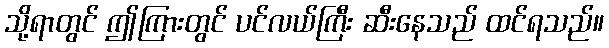
သို့ရာတွင် ဤကြားတွင် ပင်လယ်ကြီး ဆီးနေသည် ထင်ရသည်။